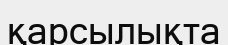
қарсылықта